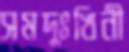
সমদুঃখিনী